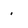
Character: o